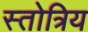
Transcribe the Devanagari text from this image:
स्तोत्रिय